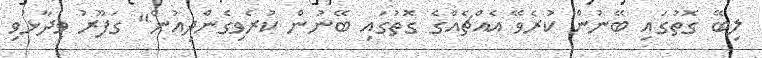
ލިބޭ ގޮތުގައި ބޭނުން ކުރެވޭ އެއްޗެއްގެ ގޮތުގައި ބޭނުން ކުރެވިގެންދިއުން" ގަފޫރު ވިދާޅުވި